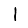
Digit: 1